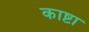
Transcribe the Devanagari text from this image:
काष्टा